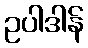
ဥပါဒါန်